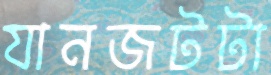
যানজটটা